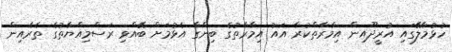
ހުޅުމާލޭގައި އުރީދޫއިން އިމާރާތްކުރާ އައު އިމާރާތުގެ ބިންގާ އެޅުމަށް ބޭއްވި ރަސްމިއްޔާތުގެ ތެރެއިން